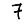
Digit: 7